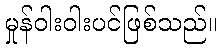
မှုန်ဝါးဝါးပင်ဖြစ်သည်။